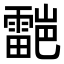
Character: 𮦯